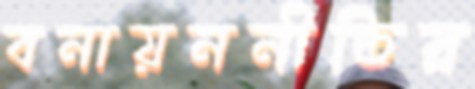
বনায়ননীতির